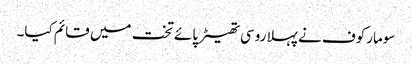
سومارکوف نے پہلا روسی تھیٹر پائے تخت میں قائم کیا۔